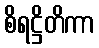
စိရဋ္ဌိတိကာ